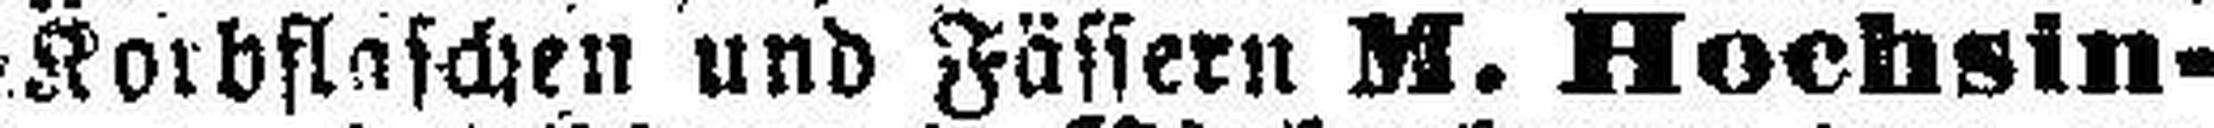
Korbflaschen und Fässern M. Hochsin¬